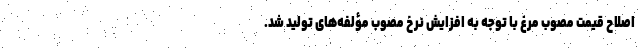
اصلاح قیمت مصوب مرغ با توجه به افزایش نرخ مصوب مؤلفه‌های تولید شد.